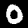
Digit: 0